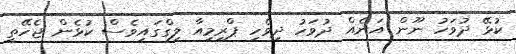
ކުޅޭ ދުވަހު ނޫން އަނެއް ދުވަހު ދިވެހި ޕްރިމިއާ ލިގްގައިވެސް ކުޅެން ޖެހޭތީ